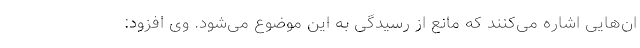
ان‌هایی اشاره می‌کنند که مانع از رسیدگی به این موضوع می‌شود. وی افزود: